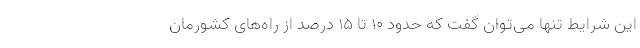
این شرایط تنها می‌توان گفت که حدود ۱۰ تا ۱۵ درصد از راه‌های کشورمان